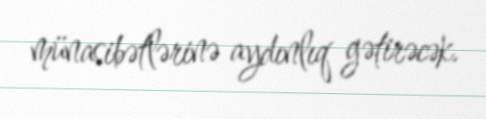
münasibətlərinə aydınlıq gətirəcək.